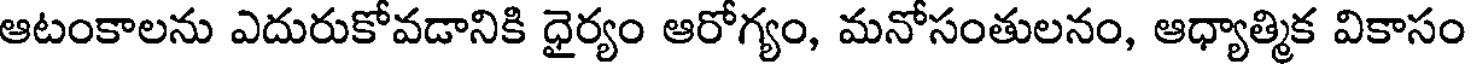
ఆటంకాలను ఎదురుకోవడానికి ధైర్యం ఆరోగ్యం, మనోసంతులనం, ఆధ్యాత్మిక వికాసం